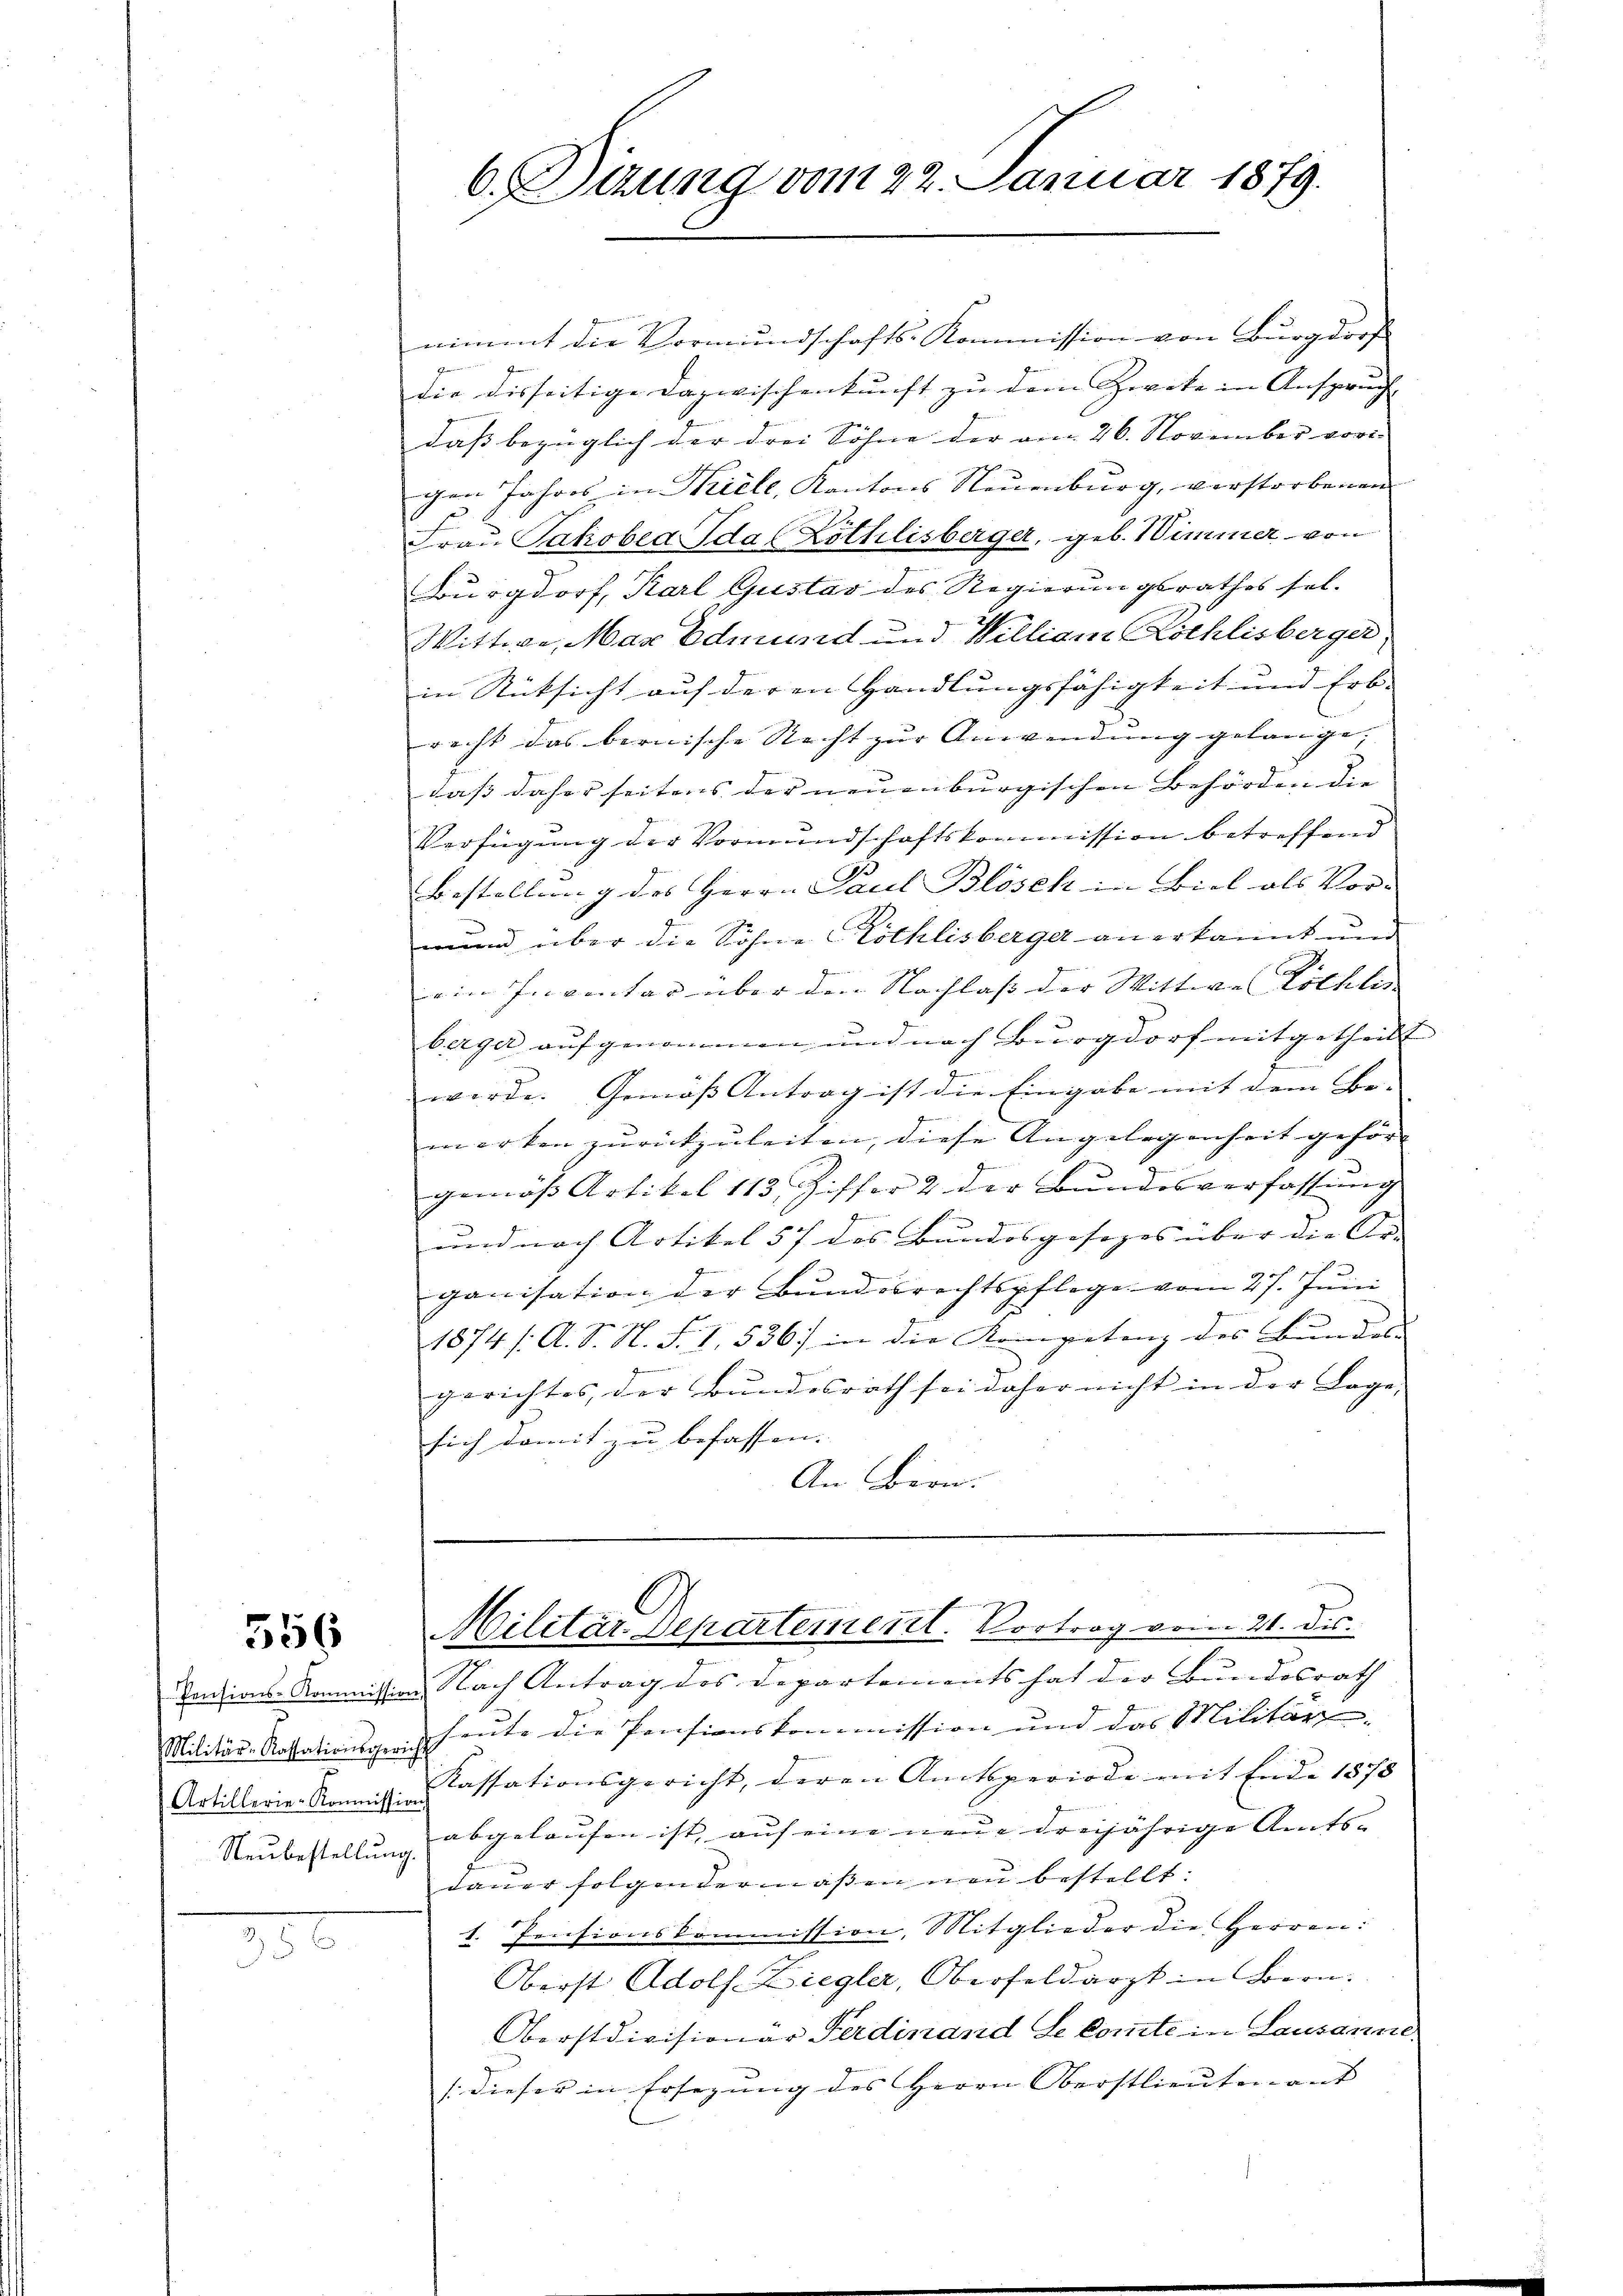
556

x

nimmt die Vormundschafts-Kommission von Burgdros
die disseitige Dazwischenkunft zu dem Zweke in Anspruch |
daß bezüglich der drei Söhne der am 26. November vor.
gen Jahres in Biele, Kantons Neuenburg, verstorbenen
Frau Patroben das Lithlisberger, geb. Wimmer von
Burgdorf, Karl Gustav des Regierungsrathes sel.
Wittwe, Max Edmund und Williami Röthlisberger
in Rücksicht auf deren Handlungsfähigkeit und Erb-
.
recht das bernische Nacht zur Anwendung gelange,
daß daher seitens der neuenburgischen Behörden die
Verfügung der Vormundschaftskommission betreffend
Bestellung des Herrn Paul Blösch in Biel als Vor- |
n
nd über die Söhne Röthlisberger anerkannt und
ein Inventar über den Nachlaß der Wittwe Röthlis
berger aufgenommen und nach Burgdorf mitgetheilt
werde. Gemäß Antrag ist die Eingabe mit dem Be- |
merken zurückzuleiten, diese Angelegenheit gehörgemäß Artikel 113. Ziffer 2. der Bundesverfassung
und nach Artikel 57 des Bundesgesezes über die Ar- |
ganisation der Bundesrechtspflege vom 27. Jŭni
z
1874 /: A. S. N. S. I, 536. in die Kompetenz des Bundes
gerichtes, der Bundesrath sei daher nicht in der Lage,
sich damit zu befassen.
An Bern.
Militär-Departement. Vortrag vom 21. dis.
Pensions-Kommission Nach Antrag des Departements hat der Bundesrath
Militär-Kassationsgeis heute die Pensionskommission und das Militär
Artillerie-Rom. Cassationsgericht, deren Amtsperiode mit Ende 1878
Neubestellt abgelaufen ist, auf eine neue dreijährige Amts-
dauer folgendermaßen neu bestellt.
1. Pensionskommission, Mitglieder die Herren:
Oberst Adolf Ziegler, Oberfeldarzt in Bern.
Oberstdivisionär Ferdinand de Comte in Lausanne
(dieser in Ersezung des Herrn Oberstlieutenant |

6. Sizung vom 22. Januar 1879.